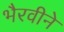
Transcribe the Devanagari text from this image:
भैरवीने